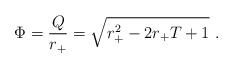
LaTeX: \begin{align*}\Phi={Q\over r_+}=\sqrt{r_+^2-2r_+T+1}\ .\end{align*}